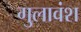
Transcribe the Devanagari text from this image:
गुलावंश